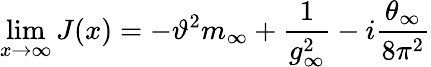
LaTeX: \operatorname*{lim}_{x\to\infty}J(x)=-\vartheta^{2}m_{\infty}+\frac{1}{g_{\infty}^{2}}-i\frac{\theta_{\infty}}{8\pi^{2}}